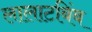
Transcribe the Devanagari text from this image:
लालाटबिंब